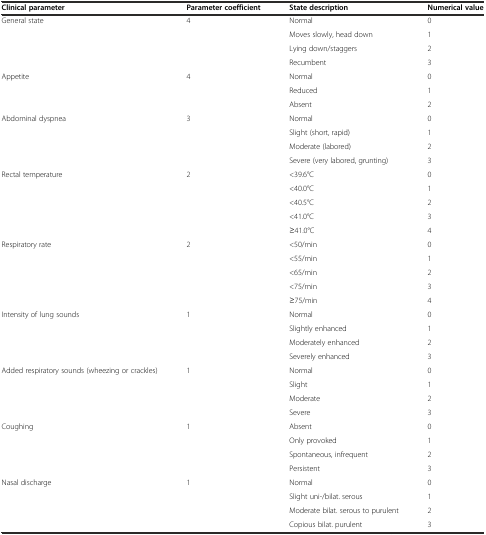
| Clinical parameter | Parameter coefficient | State description | Numerical value |
 | --- | --- | --- | --- |
 | <ROWSPAN=4> General state | <ROWSPAN=4> 4 | Normal | 0 |
 | Moves slowly, head down | 1 |
 | Lying down/staggers | 2 |
 | Recumbent | 3 |
 | <ROWSPAN=3> Appetite | <ROWSPAN=3> 4 | Normal | 0 |
 | Reduced | 1 |
 | Absent | 2 |
 | <ROWSPAN=4> Abdominal dyspnea | <ROWSPAN=4> 3 | Normal | 0 |
 | Slight (short, rapid) | 1 |
 | Moderate (labored) | 2 |
 | Severe (very labored, grunting) | 3 |
 | <ROWSPAN=5> Rectal temperature | <ROWSPAN=5> 2 | <39.6°C | 0 |
 | <40.0°C | 1 |
 | <40.5°C | 2 |
 | <41.0°C | 3 |
 | ≥41.0°C | 4 |
 | <ROWSPAN=5> Respiratory rate | <ROWSPAN=5> 2 | <50/min | 0 |
 | <55/min | 1 |
 | <65/min | 2 |
 | <75/min | 3 |
 | ≥75/min | 4 |
 | <ROWSPAN=4> Intensity of lung sounds | <ROWSPAN=4> 1 | Normal | 0 |
 | Slightly enhanced | 1 |
 | Moderately enhanced | 2 |
 | Severely enhanced | 3 |
 | <ROWSPAN=4> Added respiratory sounds (wheezing or crackles) | <ROWSPAN=4> 1 | Normal | 0 |
 | Slight | 1 |
 | Moderate | 2 |
 | Severe | 3 |
 | <ROWSPAN=4> Coughing | <ROWSPAN=4> 1 | Absent | 0 |
 | Only provoked | 1 |
 | Spontaneous, infrequent | 2 |
 | Persistent | 3 |
 | <ROWSPAN=4> Nasal discharge | <ROWSPAN=4> 1 | Normal | 0 |
 | Slight uni-/bilat. serous | 1 |
 | Moderate bilat. serous to purulent | 2 |
 | Copious bilat. purulent | 3 |